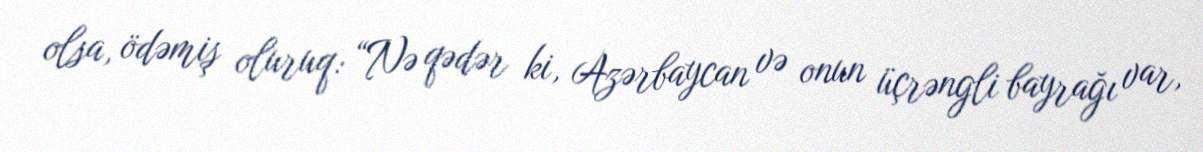
olsa, ödəmiş oluruq: “Nə qədər ki, Azərbaycan və onun üçrəngli bayrağı var,